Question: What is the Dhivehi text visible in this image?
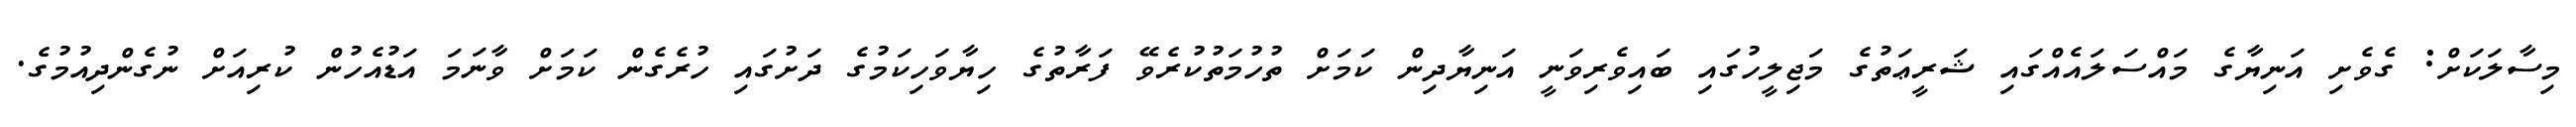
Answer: މިސާލަކަށް: ގެވެށި އަނިޔާގެ މައްސަލައެއްގައި ޝަރީޢަތުގެ މަޖިލީހުގައި ބައިވެރިވަނީ އަނިޔާދިން ކަމަށް ތުހުމަތުކުރެވޭ ފަރާތުގެ ހިޔާވަހިކަމުގެ ދަށުގައި ހުރެގެން ކަމަށް ވާނަމަ އަޑުއެހުން ކުރިއަށް ނުގެންދިއުމުގެ.